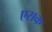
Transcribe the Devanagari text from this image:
एसक